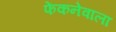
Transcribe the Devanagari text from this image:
फेंकनेवाला